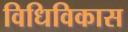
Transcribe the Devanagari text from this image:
विधिविकास